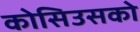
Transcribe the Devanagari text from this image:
कोसिउसको